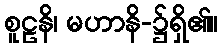
စူဠနိ၊ မဟာနိ-၌ရှိ၏။